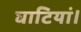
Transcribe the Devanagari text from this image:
घाटियां।